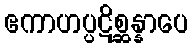
ဧကာဟပ္ပဋိစ္ဆန္နာပေ